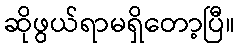
ဆိုဖွယ်ရာမရှိတော့ပြီ။